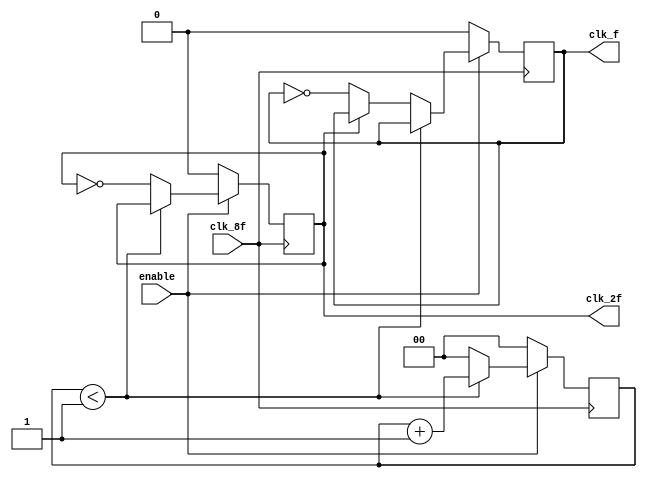
module gen_clk(
	clk_8f, enable,
	clk_2f, clk_f	
);

    input clk_8f, enable;
    output reg clk_2f, clk_f;   

    reg [1:0] counter;
    reg f2;

    always@(posedge clk_8f) begin
        
        if(!enable) begin
            counter <= 0;
            clk_2f <= 1'b0;
            clk_f <= 1'b0;
        end
        else if (counter < 1) begin
            counter <= counter + 'b1;  // counter de clk_2f y clk_f
        end
        else begin
            counter <= 'b0;                         //resetear counter
            f2 <= 'b1;                         //resetear counter
            clk_2f <= ~clk_2f;                      //clk_2f cada 4 ciclos 
            if(!clk_2f) begin
                clk_f <= ~clk_f;
            end
        end
    end
endmodule